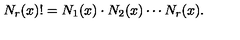
N _ { r } ( x ) ! = N _ { 1 } ( x ) \cdot N _ { 2 } ( x ) \cdots N _ { r } ( x ) .